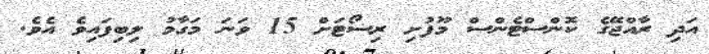
އަދި ރާއްޖޭގެ ކޮންސްޓެންސް މޫފުށި ރިސޯޓަށް 15 ވަނަ މަގާމު ލިބިފައިވެ އެވެ.